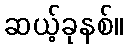
ဆယ့်ခုနစ်။